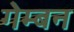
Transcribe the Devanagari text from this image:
गेम्बन